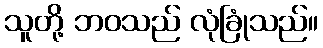
သူတို့ ဘဝသည် လုံခြုံသည်။